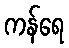
ကန်ရေ